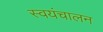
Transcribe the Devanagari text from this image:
स्वयंचालन